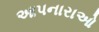
આપનારાઓ